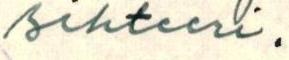
sihteeri.